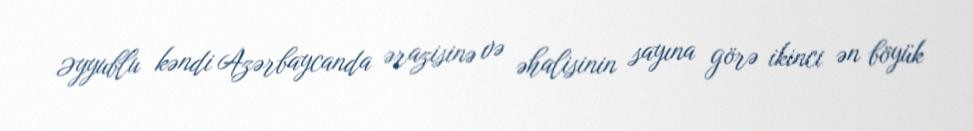
Əyyublu kəndi Azərbaycanda ərazisinə və əhalisinin sayına görə ikinci ən böyük